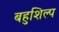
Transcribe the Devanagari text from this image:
बहुशिल्प